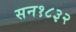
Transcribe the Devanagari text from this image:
सन१८३२